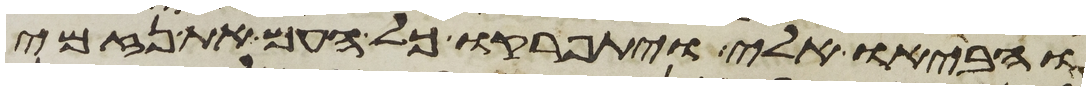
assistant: והביאו אלי ויתפרקו כל העם את נזמי